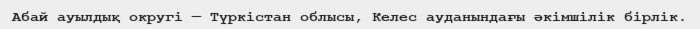
Абай ауылдық округі — Түркістан облысы, Келес ауданындағы әкімшілік бірлік.